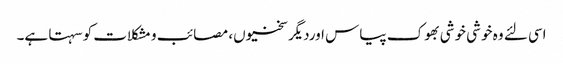
اسی لئے وہ خوشی خوشی بھوک پیاس اوردیگرسختیوں، مصائب و مشکلات کو سہتا ہے۔